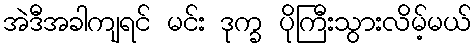
အဲဒီအခါကျရင် မင်း ဒုက္ခ ပိုကြီးသွားလိမ့်မယ်